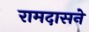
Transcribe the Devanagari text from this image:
रामदासने